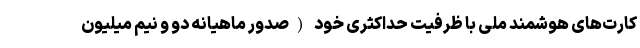
کارت‌های هوشمند ملی با ظرفیت حداکثری خود (صدور ماهیانه دو و نیم میلیون